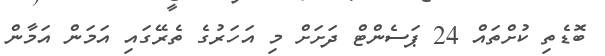
ބޮޑެތި ކުށްތައް 24 ޕަސެންޓް ދަށަށް މި އަހަރުގެ ތެރޭގައި އަމަން އަމާން